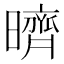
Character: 𣋠